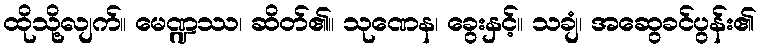
ထိုသို့လျက်။ မေဏ္ဍဿ၊ ဆိတ်၏။ သုဏေန၊ ခွေးနှင့်။ သချံ၊ အဆွေခင်ပွန်း၏